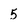
Character: 5